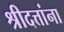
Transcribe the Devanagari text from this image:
श्रीदत्तांना